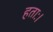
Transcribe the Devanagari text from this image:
हताः।